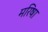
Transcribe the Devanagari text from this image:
मरिषा